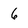
Character: 6